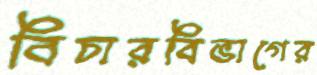
বিচারবিভাগের